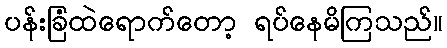
ပန်းခြံထဲရောက်တော့ ရပ်နေမိကြသည်။